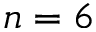
n = 6